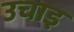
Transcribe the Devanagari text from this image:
उचाइ